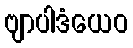
ဗျာပါဒံယေဝ